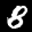
Label: 8